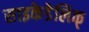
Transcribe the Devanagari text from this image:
साइकेडेलिक्